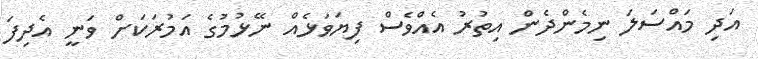
އަދި މައްސަލަ ނިމެންދެން އިތުރު އެއްވެސް ފިޔަވަޅެއް ނޭޅުމުގެ އަމުރަކަށް ވަނީ އެދިފަ